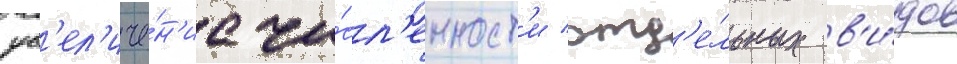
ув'ел'иче́н'ие чи́сл'енност'и отд'е́льных в'и́дов